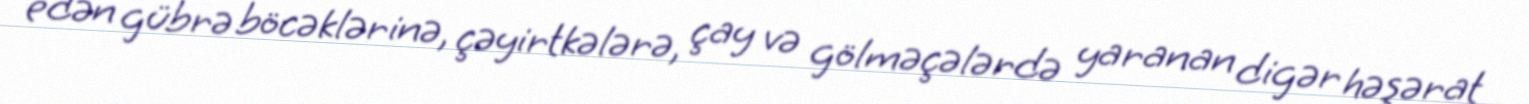
edən gübrə böcəklərinə, çəyirtkələrə, çay və gölməçələrdə yaranan digər həşərat